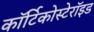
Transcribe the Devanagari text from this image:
कॉर्टिकोस्टेरॉइड